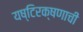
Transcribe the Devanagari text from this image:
यष्टिरक्षणाची